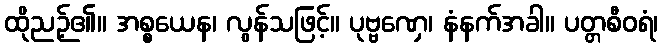
ထိုညဉ့်၏။ အစ္စယေန၊ လွန်သဖြင့်။ ပုဗ္ဗဏှေ၊ နံနက်အခါ။ ပတ္တစီဝရံ၊